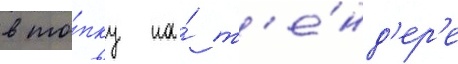
в то́пку на́ т'е́нд'ер'е